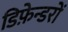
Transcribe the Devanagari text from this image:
डिफ़ेन्डरों